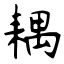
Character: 耦